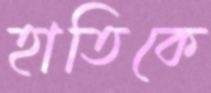
হাতিকে